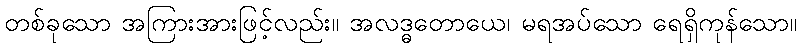
တစ်ခုသော အကြားအားဖြင့်လည်း။ အလဒ္ဓတောယေ၊ မရအပ်သော ရေရှိကုန်သော။